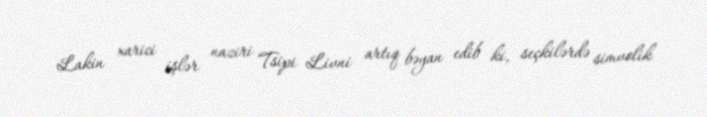
Lakin xarici işlər naziri Tsipi Livni artıq bəyan edib ki, seçkilərdə simvolik